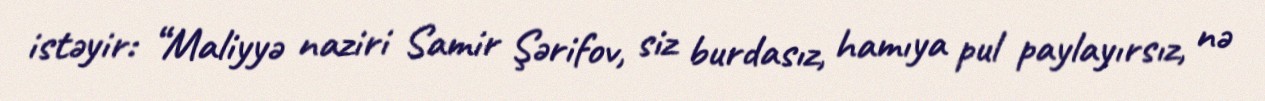
istəyir: “Maliyyə naziri Samir Şərifov, siz burdasız, hamıya pul paylayırsız, nə